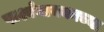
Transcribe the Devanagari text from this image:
पार्श्वगायकाच्या